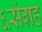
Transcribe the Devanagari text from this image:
६संग्रह